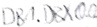
Text: DB1.DBX0.0